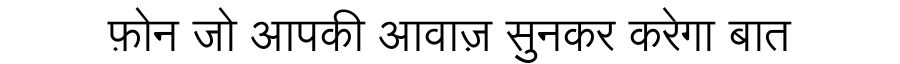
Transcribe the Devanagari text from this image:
फ़ोन जो आपकी आवाज़ सुनकर करेगा बात